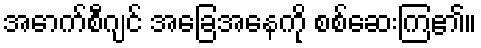
အောက်စီဂျင် အခြေအနေကို စစ်ဆေးကြ၏။